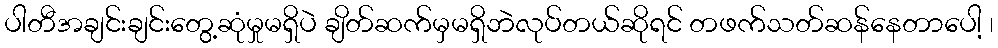
ပါတီအချင်းချင်းတွေ့ဆုံမှုမရှိပဲ ချိတ်ဆက်မှမရှိဘဲလုပ်တယ်ဆိုရင် တဖက်သတ်ဆန်နေတာပေါ့ ၊